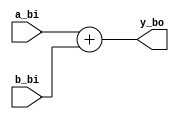
`timescale 1ns / 1ps
module adder (           
        input [ 13 : 0 ] a_bi, 
        input [ 13 : 0 ] b_bi,         
        output [ 13 : 0 ] y_bo
    );
    assign y_bo = a_bi + b_bi; 
endmodule